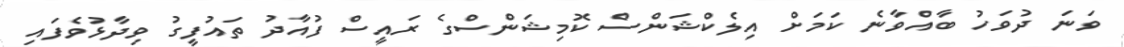
ވަނަ ދުވަހު ބާއްވާނެ ކަމަށް އިލެކްޝަންސް ކޮމިޝަންސްގެ ރައީސް ފުއާދު ތައުފީގު ވިދާޅުވެފައި